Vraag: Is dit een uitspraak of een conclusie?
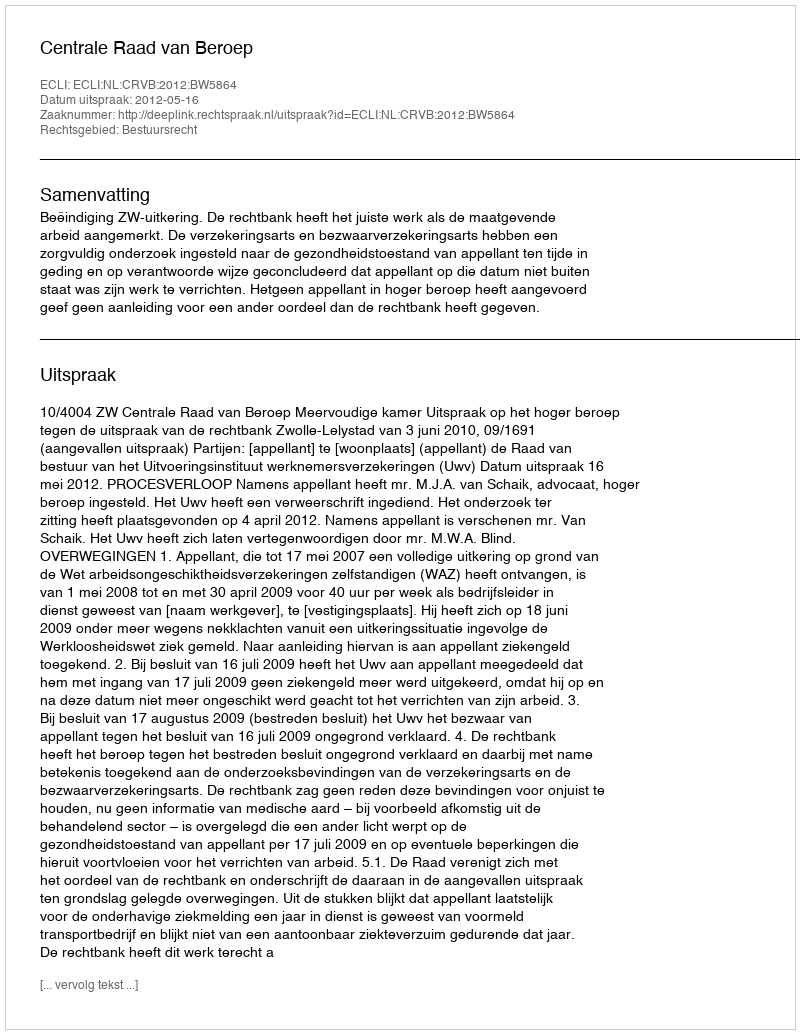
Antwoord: Uitspraak